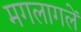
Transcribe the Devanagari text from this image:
मगलागलें